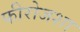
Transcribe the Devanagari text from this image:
फीरोजशा